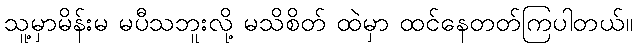
သူ့မှာမိန်းမ မပီသဘူးလို့ မသိစိတ် ထဲမှာ ထင်နေတတ်ကြပါတယ်။